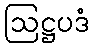
ဩဋ္ဌပဒံ